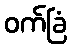
ဝက်ခြံ